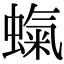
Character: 𧎵